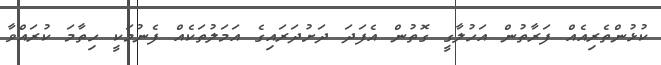
ކުޅުންތެރިއެއް ފަރާތުން އަހުލާގީ ގޮތުން އެފަދަ ދަށުދަރަައިގެ އަމަލުތަކެއް ފެނުމަކީ ހިތާމަ ކުރައްވާ